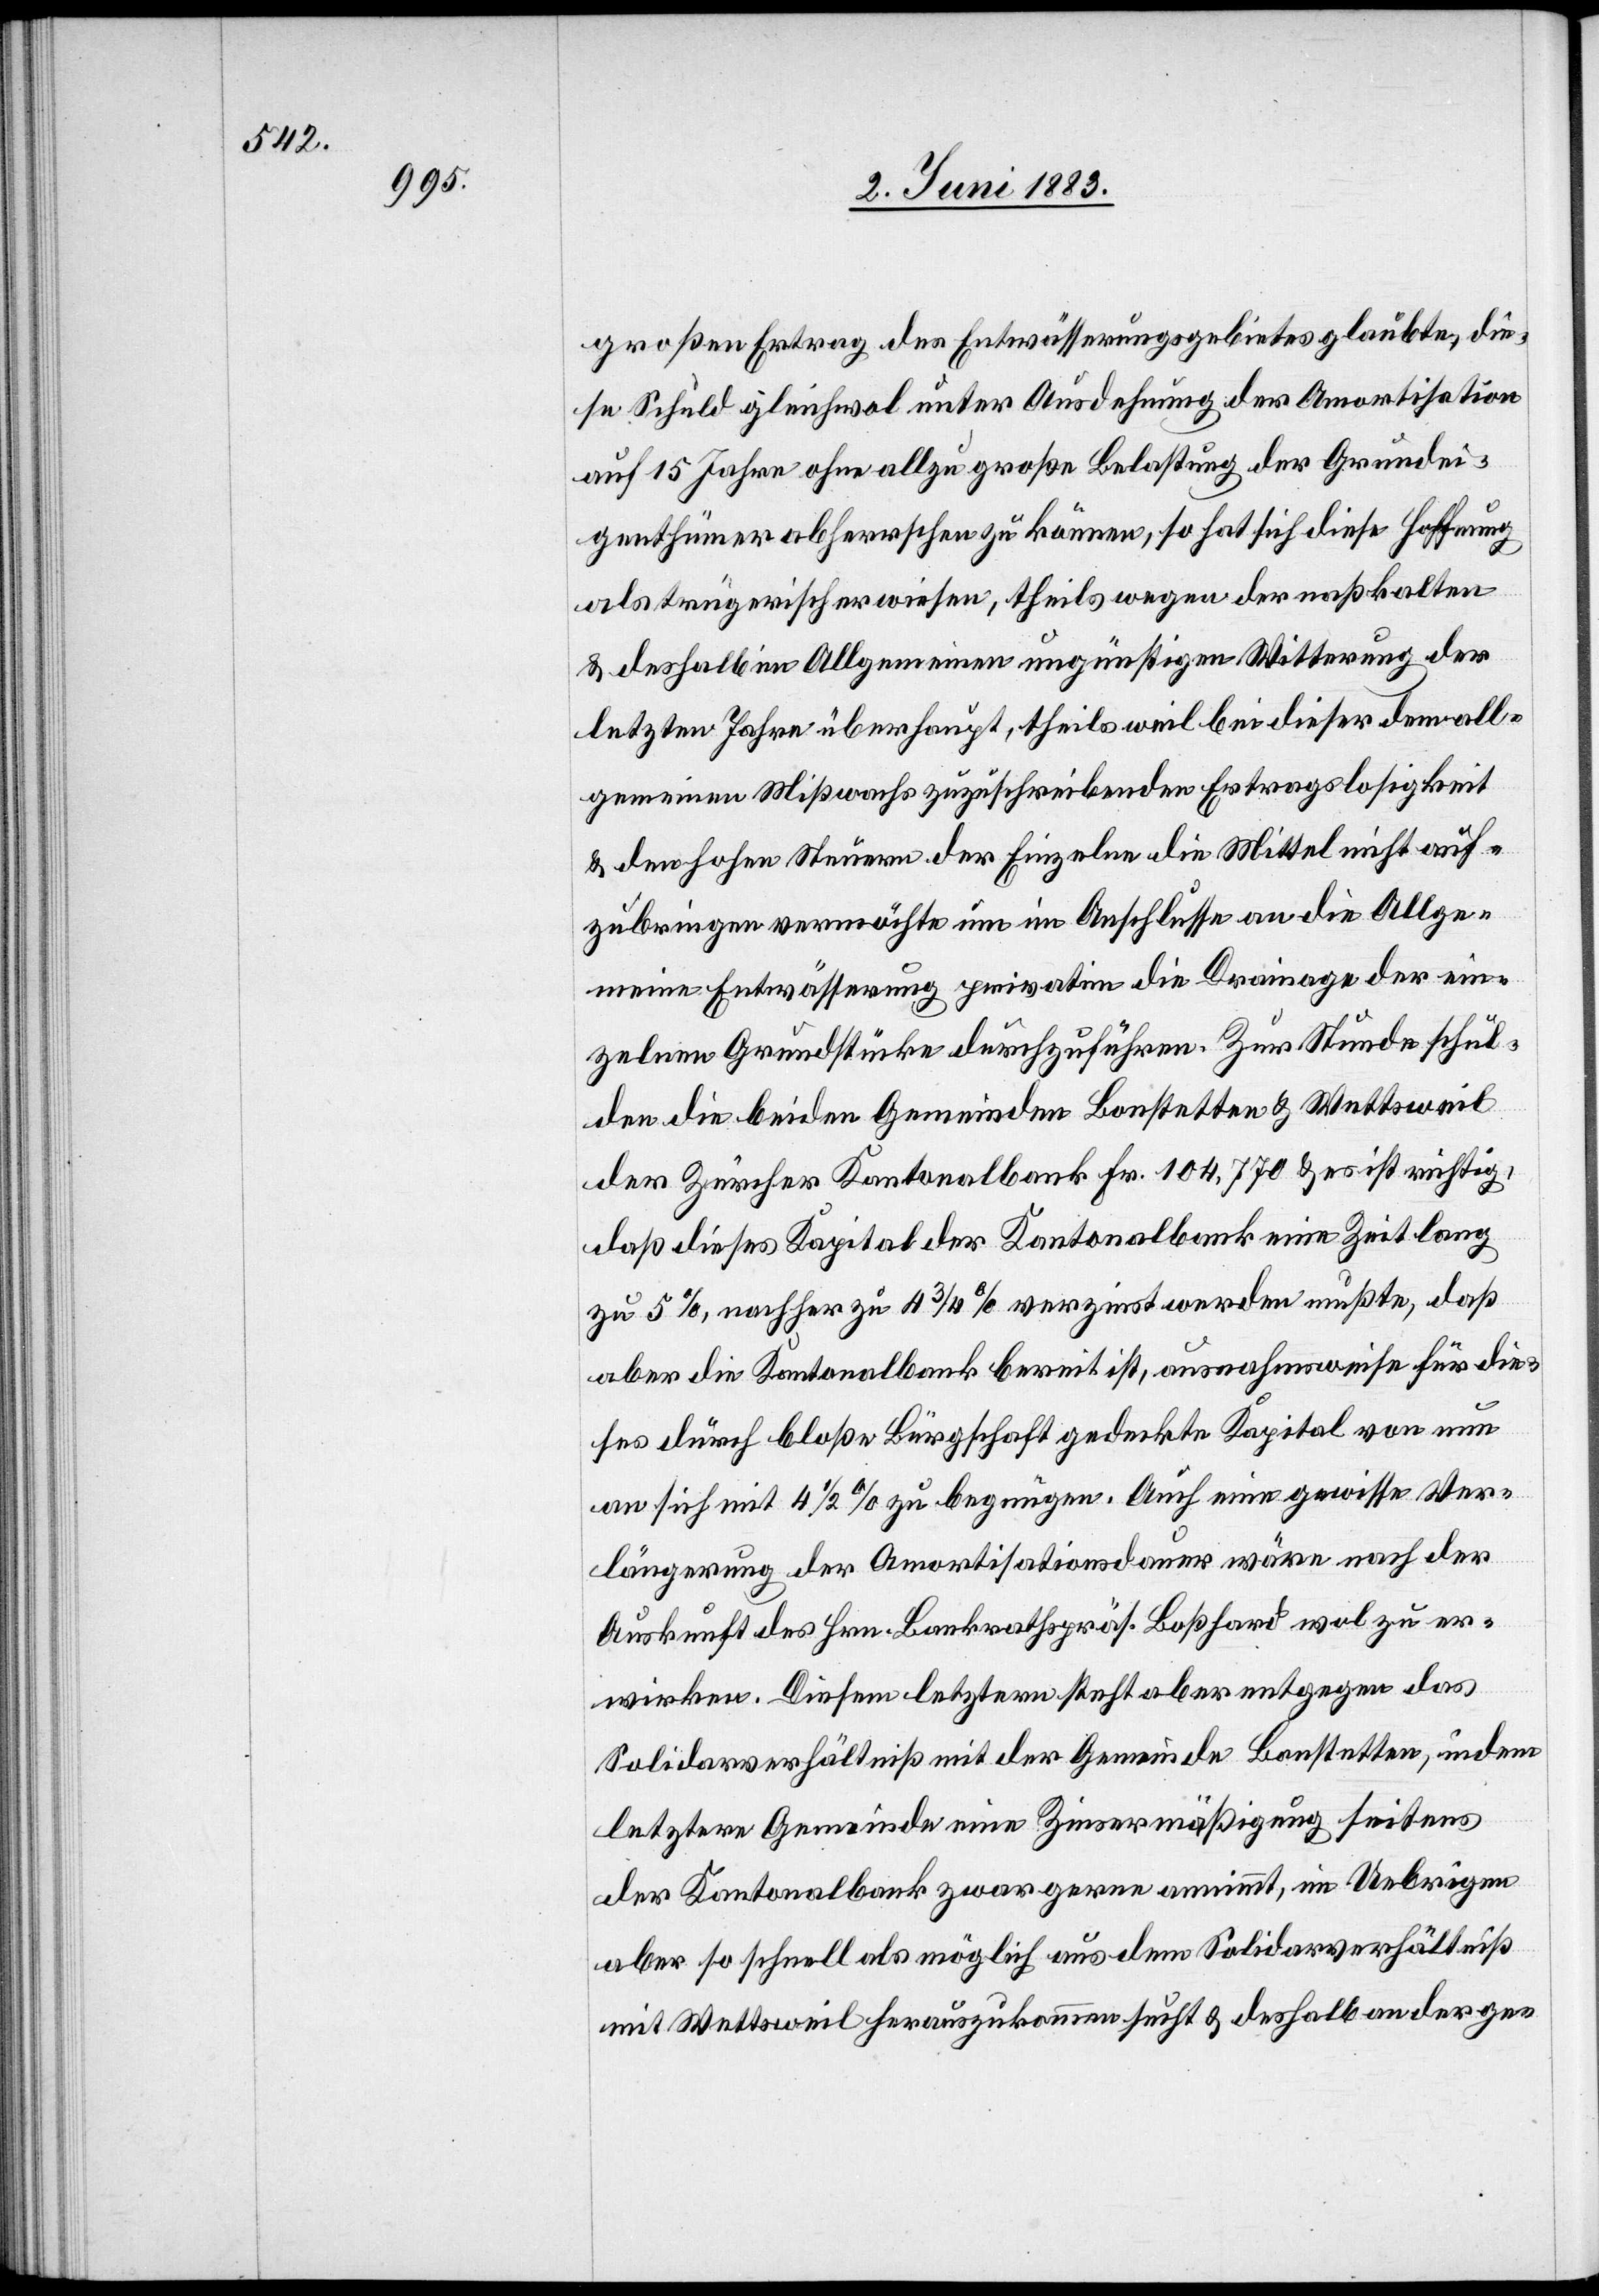
großen Ertrag des Entwässerungsgebietes glaubten, die¬
se Schuld gleichwol unter Ausdehnung der Amortisation
auf 15 Jahre ohne allzu große Belastung der Grundei¬
genthümer abherrschen zu können, so hat sich diese Hoffnung
als trügerisch erwiesen, theils wegen der nasskalten
& deshalb im Allgemeinen ungünstigen Witterung der
letzten Jahre überhaupt, theils weil bei dieser dem all¬
gemeinen Mißwachs zuzuschreibenden Ertragslosigkeit
& den hohen Steuern der Einzelne die Mittel nicht auf¬
zubringen vermöchte nun im Anschlusse an die Allge¬
meine Entwässerung privatim die Drainage der ein¬
zelnen Grundstücke durchzuführen. Zur Stunde schul¬
den die beiden Gemeinden Bonstetten & Wettsweil
der Zürcher Kantonalbank Fr. 104,770 & es ist richtig,
daß dieses Kapital der Kantonalbank eine Zeit lang
zu 5%, nachher zu 4 3/4% verzinst werden mußte, daß
aber die Kantonalbank bereit ist, ausnahmsweise für die¬
ses durch bloße Bürgschaft gedeckte Kapital von nun
an sich mit 4 1/2% zu begnügen. Auch eine gewisse Ver¬
längerung der Amortisationsdauer wäre nach der
Auskunft des Hrn. Bankrathspräs. Boßhard wol zu er¬
wirken. Diesem letztern steht aber entgegen das
Solidarsverhältniß mit der Gemeinde Bonstetten, indem
letztere Gemeinde eine Zinsermäßigung seitens
der Kantonalbank zwar gerne annimmt, im Uebrigen
aber so schnell als möglich aus dem Solidarsverhältniß
mit Wettsweil herauszukommen sucht & deshalb an der ge-